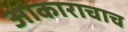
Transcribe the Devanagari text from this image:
आकाराचाच